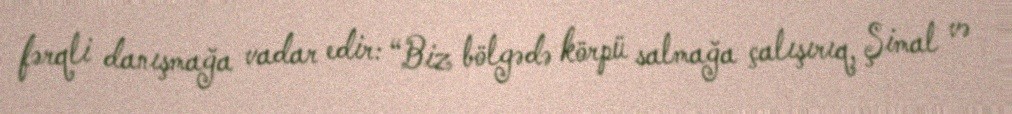
fərqli danışmağa vadar edir: “Biz bölgədə körpü salmağa çalışırıq, Şimal və